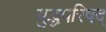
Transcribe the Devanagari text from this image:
युद्धपरिषद्